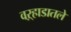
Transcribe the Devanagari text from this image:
वऱ्हाडातले